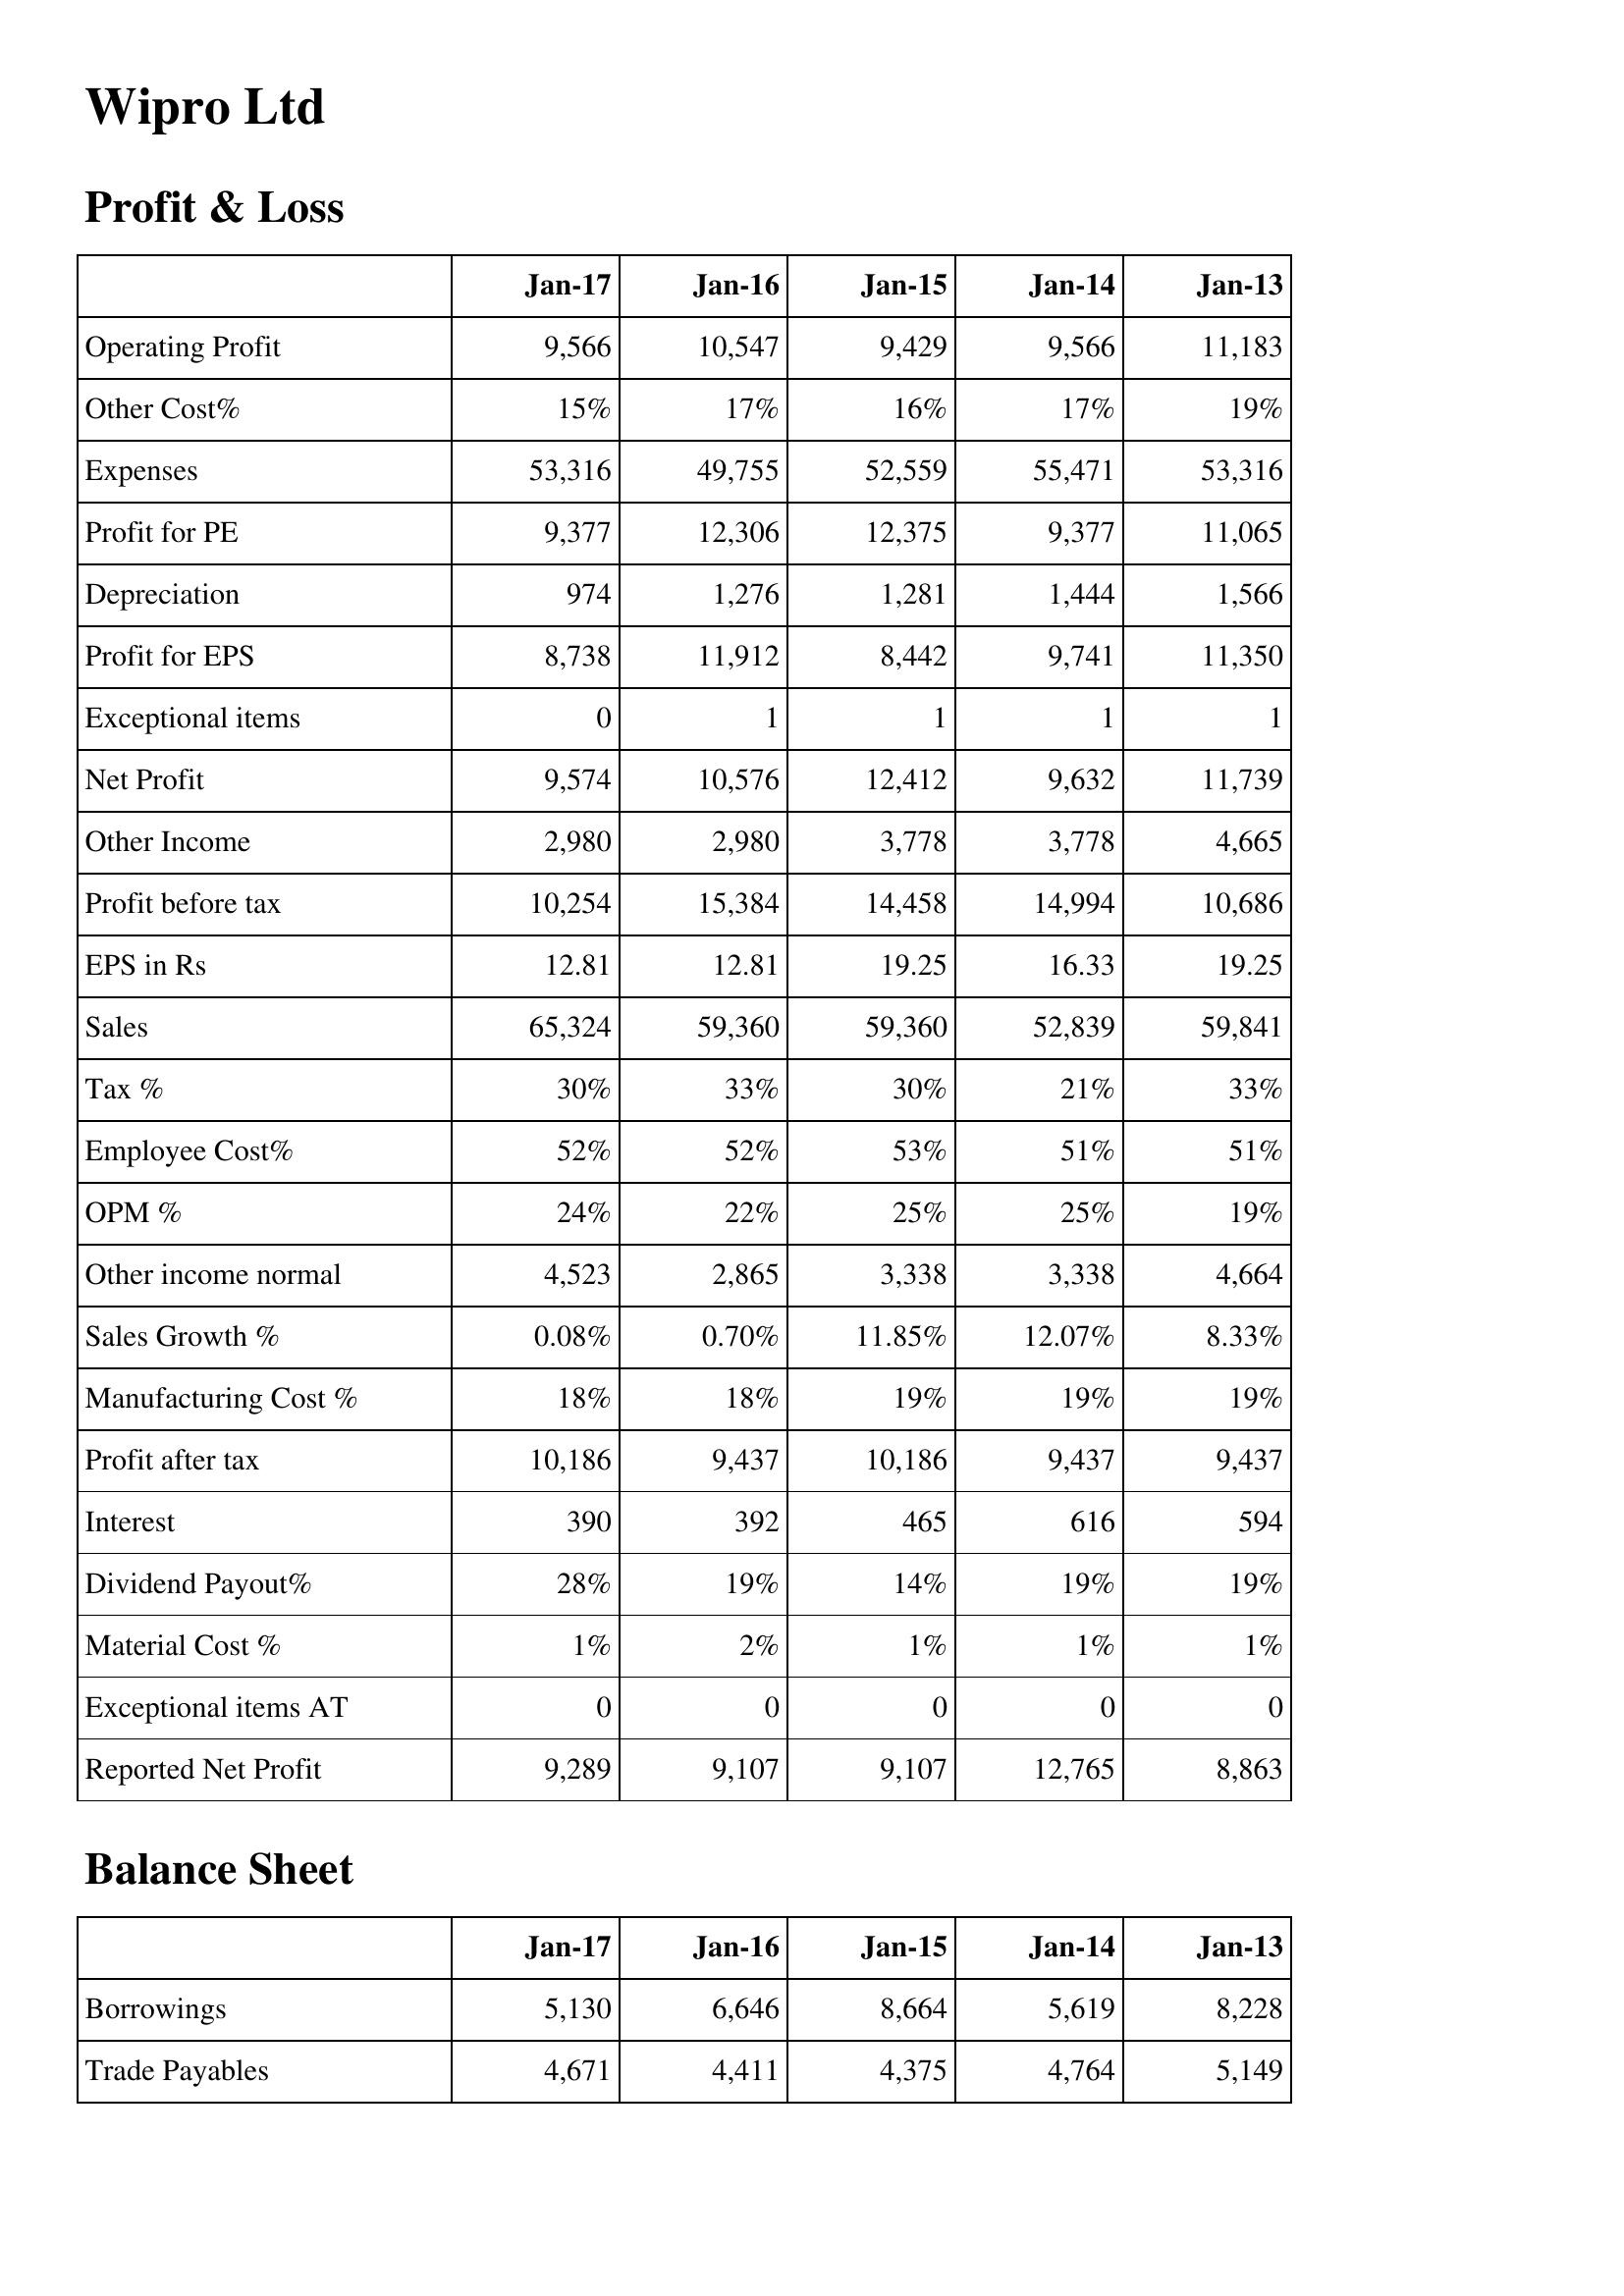
Jan-17: Profit & Loss: Operating Profit: 9,566
Other Cost%: 15%
Expenses: 53,316
Profit for PE: 9,377
Depreciation: 974
Profit for EPS: 8,738
Exceptional items: 0
Net Profit: 9,574
Other Income: 2,980
Profit before tax: 10,254
EPS in Rs: 12.81
Sales: 65,324
Tax %: 30%
Employee Cost%: 52%
OPM %: 24%
Other income normal: 4,523
Sales Growth %: 0.08%
Manufacturing Cost %: 18%
Profit after tax: 10,186
Interest: 390
Dividend Payout%: 28%
Material Cost %: 1%
Exceptional items AT: 0
Reported Net Profit: 9,289
Balance Sheet: Borrowings: 5,130
Trade Payables: 4,671
Jan-16: Profit & Loss: Operating Profit: 10,547
Other Cost%: 17%
Expenses: 49,755
Profit for PE: 12,306
Depreciation: 1,276
Profit for EPS: 11,912
Exceptional items: 1
Net Profit: 10,576
Other Income: 2,980
Profit before tax: 15,384
EPS in Rs: 12.81
Sales: 59,360
Tax %: 33%
Employee Cost%: 52%
OPM %: 22%
Other income normal: 2,865
Sales Growth %: 0.70%
Manufacturing Cost %: 18%
Profit after tax: 9,437
Interest: 392
Dividend Payout%: 19%
Material Cost %: 2%
Exceptional items AT: 0
Reported Net Profit: 9,107
Balance Sheet: Borrowings: 6,646
Trade Payables: 4,411
Jan-15: Profit & Loss: Operating Profit: 9,429
Other Cost%: 16%
Expenses: 52,559
Profit for PE: 12,375
Depreciation: 1,281
Profit for EPS: 8,442
Exceptional items: 1
Net Profit: 12,412
Other Income: 3,778
Profit before tax: 14,458
EPS in Rs: 19.25
Sales: 59,360
Tax %: 30%
Employee Cost%: 53%
OPM %: 25%
Other income normal: 3,338
Sales Growth %: 11.85%
Manufacturing Cost %: 19%
Profit after tax: 10,186
Interest: 465
Dividend Payout%: 14%
Material Cost %: 1%
Exceptional items AT: 0
Reported Net Profit: 9,107
Balance Sheet: Borrowings: 8,664
Trade Payables: 4,375
Jan-14: Profit & Loss: Operating Profit: 9,566
Other Cost%: 17%
Expenses: 55,471
Profit for PE: 9,377
Depreciation: 1,444
Profit for EPS: 9,741
Exceptional items: 1
Net Profit: 9,632
Other Income: 3,778
Profit before tax: 14,994
EPS in Rs: 16.33
Sales: 52,839
Tax %: 21%
Employee Cost%: 51%
OPM %: 25%
Other income normal: 3,338
Sales Growth %: 12.07%
Manufacturing Cost %: 19%
Profit after tax: 9,437
Interest: 616
Dividend Payout%: 19%
Material Cost %: 1%
Exceptional items AT: 0
Reported Net Profit: 12,765
Balance Sheet: Borrowings: 5,619
Trade Payables: 4,764
Jan-13: Profit & Loss: Operating Profit: 11,183
Other Cost%: 19%
Expenses: 53,316
Profit for PE: 11,065
Depreciation: 1,566
Profit for EPS: 11,350
Exceptional items: 1
Net Profit: 11,739
Other Income: 4,665
Profit before tax: 10,686
EPS in Rs: 19.25
Sales: 59,841
Tax %: 33%
Employee Cost%: 51%
OPM %: 19%
Other income normal: 4,664
Sales Growth %: 8.33%
Manufacturing Cost %: 19%
Profit after tax: 9,437
Interest: 594
Dividend Payout%: 19%
Material Cost %: 1%
Exceptional items AT: 0
Reported Net Profit: 8,863
Balance Sheet: Borrowings: 8,228
Trade Payables: 5,149